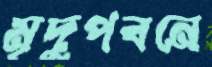
মৃদুপবনে